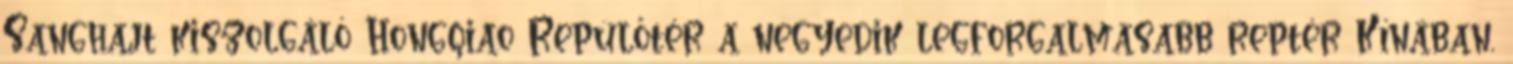
Sanghajt kiszolgáló Hongqiao Repülőtér a negyedik legforgalmasabb reptér Kínában,